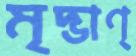
মৃদ্ভাণ্